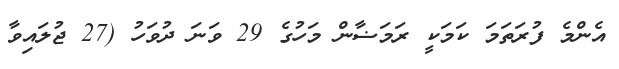
އެންމެ ފުރަތަމަ ކަމަކީ ރަމަޟާން މަހުގެ 29 ވަނަ ދުވަހު (27 ޖުލައިވާ